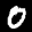
Label: 0